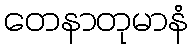
တေနာတုမာနံ